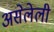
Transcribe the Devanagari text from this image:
असेलेली